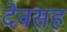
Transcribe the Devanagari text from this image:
देवसह